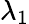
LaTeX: \lambda_{1}